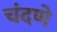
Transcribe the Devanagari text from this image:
चंदणे